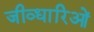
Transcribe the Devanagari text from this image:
जीव्धारिओं